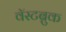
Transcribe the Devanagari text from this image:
वॅस्टब्रुक